Sketch of the medical history of the native army of Bombay, for the year
Year: 1872
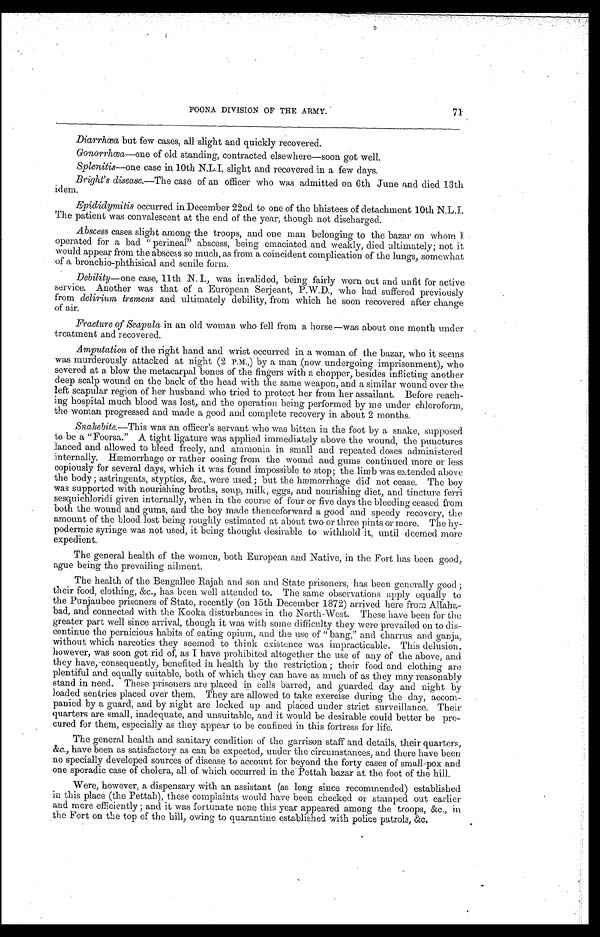
POONA DIVISION OF THE ARMY.
71
Diarrhœa but few cases, all slight and quickly recovered.
Gonorrhœa—one of old standing, contracted elsewhere—soon got well.
Splenitis—one case in 10th N.L.I, slight and recovered in a few days.
Bright's disease.—The case of an officer who was admitted on 6th June and died 13th
idem.
Epididymitis occurred in December 22nd to one of the bhistees of detachment 10th N.L.I.
The patient was convalescent at the end of the year, though not discharged.
Abscess cases slight among the troops, and one man belonging to the bazar on whom I
operated for a bad "perineal" abscess, being emaciated and weakly, died ultimately; not it
would appear from the abscess so much, as from a coincident complication of the lungs, somewhat
of a bronchio-phthisical and senile form.
Debility—one case, 11th N. I., was invalided, being fairly worn out and unfit for active
service. Another was that of a European Serjeant, P.W.D., who had suffered previously
from delirium tremens and ultimately debility, from which he soon recovered after change
of air.
Fracture of Scapula in an old woman who fell from a horse—was about one month under
treatment and recovered.
Amputation of the right hand and wrist occurred in a woman of the bazar, who it seems
was murderously attacked at night (2 P.M.,) by a man (now undergoing imprisonment), who
severed at a blow the metacarpal bones of the fingers with a chopper, besides inflicting another
deep scalp wound on the back of the head with the same weapon, and a similar wound over the
left scapular region of her husband who tried to protect her from her assailant. Before reach-
ing hospital much blood was lost, and the operation being performed by me under chloroform,
the woman progressed and made a good and complete recovery in about 2 months.
Snakebite.—This was an officer's servant who was bitten in the foot by a snake, supposed
to be a "Foorsa." A tight ligature was applied immediately above the wound, the punctures
lanced and allowed to bleed freely, and ammonia in small and repeated doses administered
internally. Hæmorrhage or rather oosing from the wound and gums continued more or less
copiously for several days, which it was found impossible to stop; the limb was extended above
the body; astringents, styptics, &c., were used ; but the hæmorrhage did not cease. The boy
was supported with nourishing broths, soup, milk, eggs, and nourishing diet, and tincture ferri
sesquichloridi given internally, when in the course of four or five days the bleeding ceased from
both the wound and gums, and the boy made thenceforward a good and speedy recovery, the
amount of the blood lost being roughly estimated at about two or three pints or more. The hy-
podermic syringe was not used, it being thought desirable to withhold it, until deemed more
expedient.
The general health of the women, both European and Native, in the Fort has been good,
ague being the prevailing ailment.
The health of the Bengallee Rajah and son and State prisoners, has been generally good ;
their food, clothing, &c., has been well attended to. The same observations apply equally to
the Punjaubee prisoners of State, recently (on 15th December 1872) arrived here from Allaha-
bad, and connected with the Kooka disturbances in the North-West. These have been for the
greater part well since arrival, though it was with some difficulty they were prevailed on to dis-
continue the pernicious habits of eating opium, and the use of " bang" and charrus and ganja,
without which narcotics they seemed to think existence was impracticable. This delusion,
however, was soon got rid of, as I have prohibited altogether the use of any of the above, and
they have, consequently, benefited in health by the restriction ; their food and clothing are
plentiful and equally suitable, both of which they can have as much of as they may reasonably
stand in need. These prisoners are placed in cells barred, and guarded day and night by
loaded sentries placed over them. They are allowed to take exercise during the day, accom-
panied by a guard, and by night are locked up and placed under strict surveillance. Their
quarters are small, inadequate, and unsuitable, and it would be desirable could better be pro-
cured for them, especially as they appear to be confined in this fortress for life.
The general health and sanitary condition of the garrison staff and details, their quarters,
&c., have been as satisfactory as can be expected, under the circumstances, and there have been
no specially developed sources of disease to account for beyond the forty cases of small-pox and
one sporadic case of cholera, all of which occurred in the Pettah bazar at the foot of the hill.
Were, however, a dispensary with an assistant (as long since recommended) established
in this place (the Pettah), these complaints would have been checked or stamped out earlier
and more efficiently ; and it was fortunate none this year appeared among the troops, &c., in
the Fort on the top of the hill, owing to quarantine established with police patrols, &c.